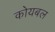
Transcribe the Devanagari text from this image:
कोयबल